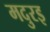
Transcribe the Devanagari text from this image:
मदुरइ